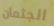
الجثمان